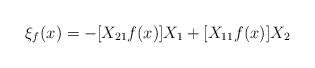
\begin{align*}\xi_f(x)=-[X_{21}f(x)]X_1+[X_{11}f(x)]X_2\end{align*}